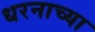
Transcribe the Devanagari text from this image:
धरनाच्या